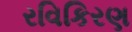
રવિકિરણ